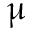
\upmu